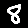
Digit: 8